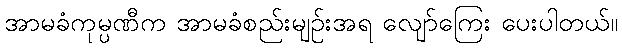
အာမခံကုမ္ပဏီက အာမခံစည်းမျဉ်းအရ လျော်ကြေး ပေးပါတယ်။